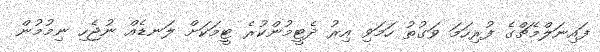
ފައިނަލްމެޗްގެ ފުރިހަމަ ވަގުތު ހަމަވި އިރު ދެޓީމުންކުރެ ޓީމަކަށް ލަނޑެއް ނުޖެހި ނިމުމުން